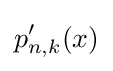
p_{n,k}'(x)